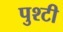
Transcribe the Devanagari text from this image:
पुश्टी